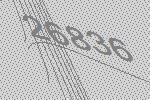
26836